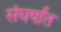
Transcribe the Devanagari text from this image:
संघर्षांत